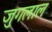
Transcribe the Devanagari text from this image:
जुगलाल